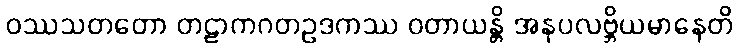
ဝဿသတတော တဠာကဂတဥဒကဿ ဝတာယန္တိ အနုပလဗ္ဘိယမာနေတိ